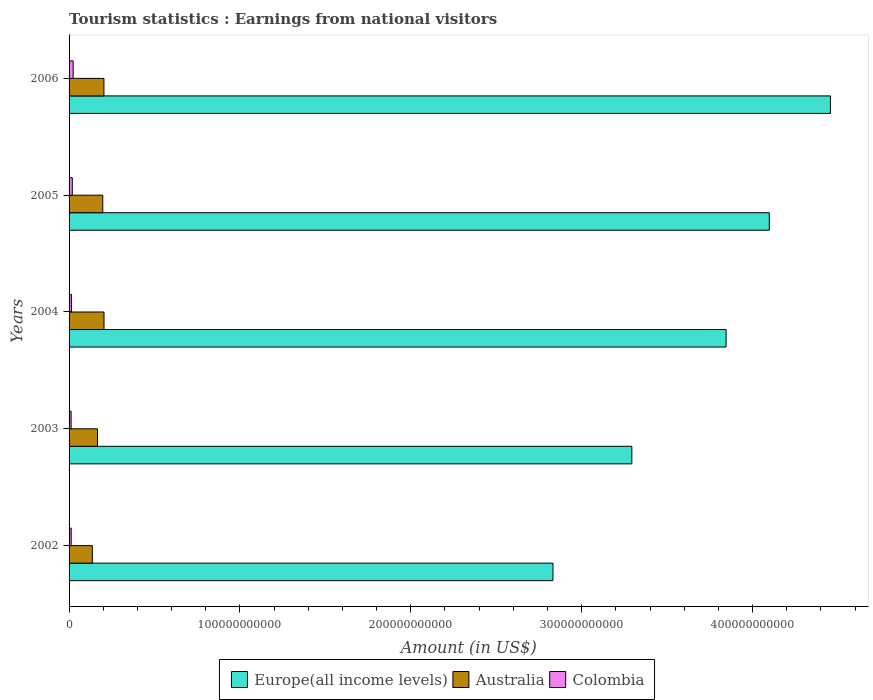
| Years | Europe(all income levels) | Australia | Colombia |
 | --- | --- | --- | --- |
 | 2002 | 2.83e+11 | 1.36e+10 | 1.24e+09 |
 | 2003 | 3.29e+11 | 1.66e+10 | 1.19e+09 |
 | 2004 | 3.85e+11 | 2.05e+10 | 1.37e+09 |
 | 2005 | 4.1e+11 | 1.97e+10 | 1.89e+09 |
 | 2006 | 4.46e+11 | 2.04e+10 | 2.37e+09 |